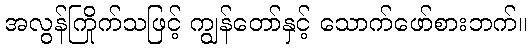
အလွန်ကြိုက်သဖြင့် ကျွန်တော်နှင့် သောက်ဖော်စားဘက်။